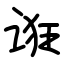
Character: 诳